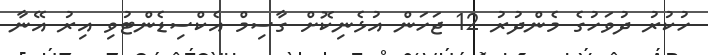
ހުކުރު ދުވަހުގެ މެންދުރު 12 ޖަހަން އުޅެނިކޮށް ގާސިމް އެކްސިޑެންޓުވި އިރު އޭނާ